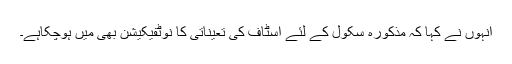
اْنہوں نے کہا کہ مذکورہ سکول کے لئے اسٹاف کی تعیناتی کا نوٹفیکیشن بھی میں ہوچکاہے۔